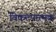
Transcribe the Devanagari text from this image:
विकल्पात्मक